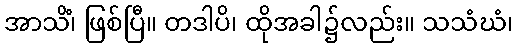
အာသိံ၊ ဖြစ်ပြီ။ တဒါပိ၊ ထိုအခါ၌လည်း။ သသံဃံ၊